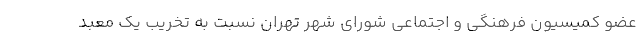
عضو کمیسیون فرهنگی و اجتماعی شورای شهر تهران نسبت به تخریب یک معبد